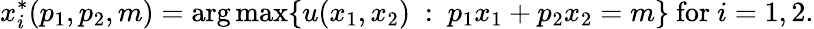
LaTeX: x_{i}^{*}(p_{1},p_{2},m)=\arg\operatorname*{max}\{ \, \! u(x_{1},x_{2}){\mathrm{~}}:{\mathrm{~}}p_{1}x_{1}+p_{2}x_{2}=m\} {\mathrm{~for~}}i=1,2.